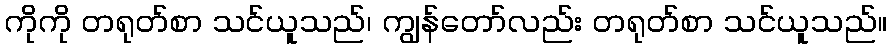
ကိုကို တရုတ်စာ သင်ယူသည်၊ ကျွန်တော်လည်း တရုတ်စာ သင်ယူသည်။